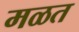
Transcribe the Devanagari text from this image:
मळत